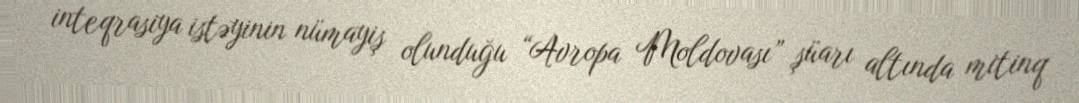
inteqrasiya istəyinin nümayiş olunduğu “Avropa Moldovası” şüarı altında mitinq